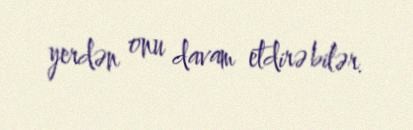
yerdən onu davam etdirə bilər.